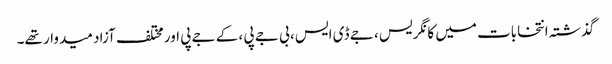
گذشتہ انتخابات میں کانگریس ، جے ڈی ایس ، بی جے پی ، کے جے پی اور مختلف آزاد میدوار تھے۔